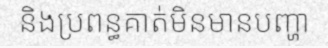
និងប្រពន្ធគាត់មិនមានបញ្ហា